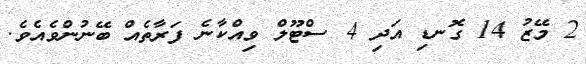
2 މޭޒު 14 ގޮނޑި އަދި 4 ސްޓޫލް ވިއްކާނެ ފަރާތެއް ބޭނުންވެއެވެ.